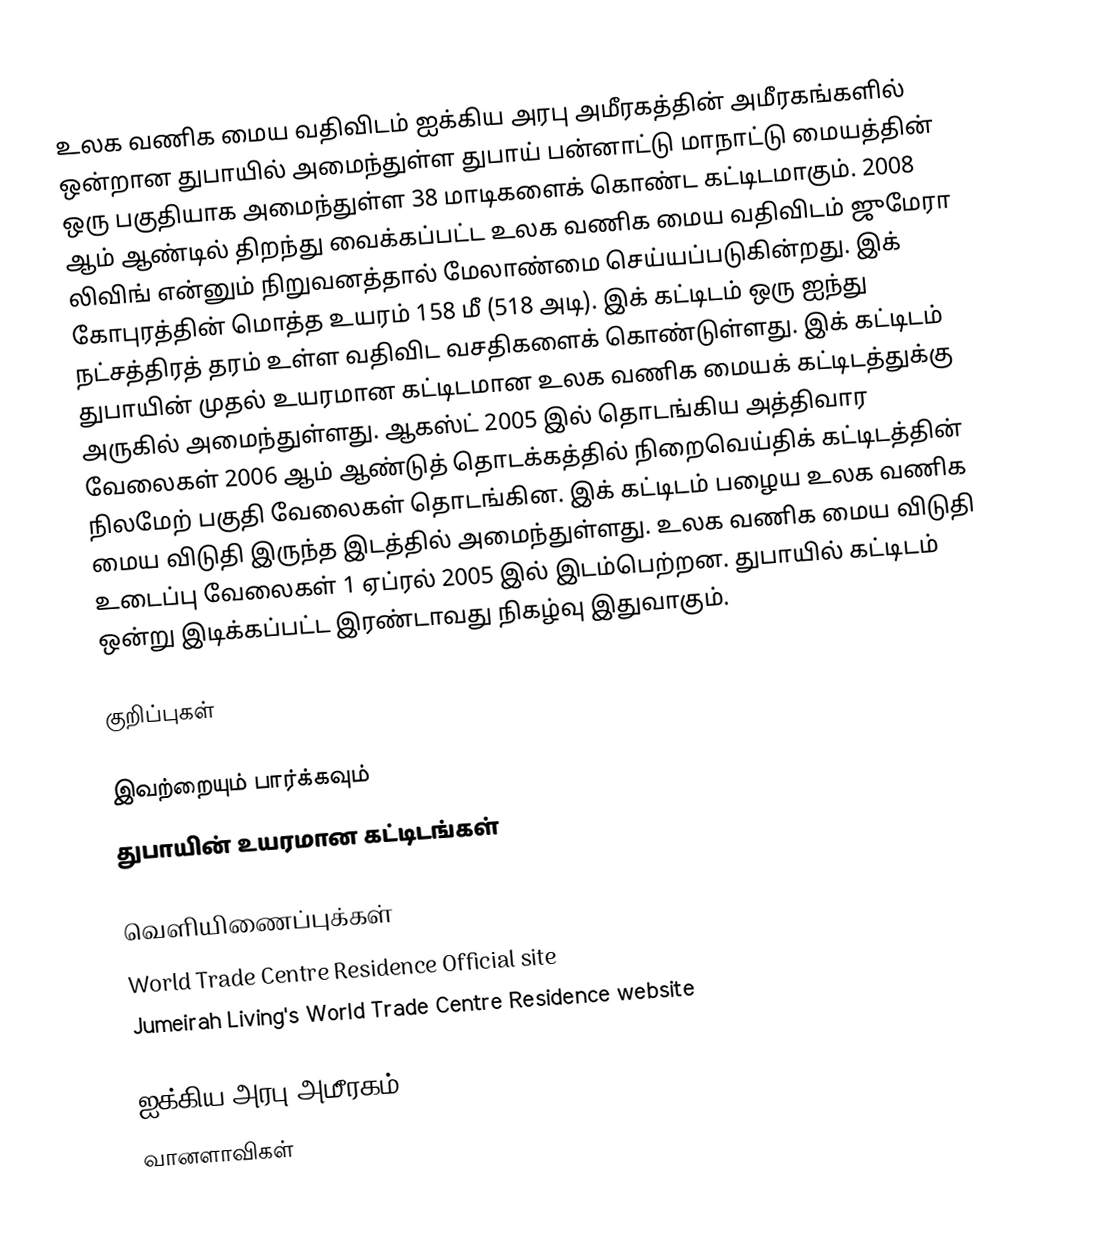
உலக வணிக மைய வதிவிடம் ஐக்கிய அரபு அமீரகத்தின் அமீரகங்களில் ஒன்றான துபாயில் அமைந்துள்ள துபாய் பன்னாட்டு மாநாட்டு மையத்தின் ஒரு பகுதியாக அமைந்துள்ள 38 மாடிகளைக் கொண்ட கட்டிடமாகும். 2008 ஆம் ஆண்டில் திறந்து வைக்கப்பட்ட உலக வணிக மைய வதிவிடம் ஜுமேரா லிவிங் என்னும் நிறுவனத்தால் மேலாண்மை செய்யப்படுகின்றது. இக் கோபுரத்தின் மொத்த உயரம் 158 மீ (518 அடி). இக் கட்டிடம் ஒரு ஐந்து நட்சத்திரத் தரம் உள்ள வதிவிட வசதிகளைக் கொண்டுள்ளது. இக் கட்டிடம் துபாயின் முதல் உயரமான கட்டிடமான உலக வணிக மையக் கட்டிடத்துக்கு அருகில் அமைந்துள்ளது. ஆகஸ்ட் 2005 இல் தொடங்கிய அத்திவார வேலைகள் 2006 ஆம் ஆண்டுத் தொடக்கத்தில் நிறைவெய்திக் கட்டிடத்தின் நிலமேற் பகுதி வேலைகள் தொடங்கின.  இக் கட்டிடம் பழைய உலக வணிக மைய விடுதி இருந்த இடத்தில் அமைந்துள்ளது.  உலக வணிக மைய விடுதி உடைப்பு வேலைகள் 1 ஏப்ரல் 2005 இல் இடம்பெற்றன. துபாயில் கட்டிடம் ஒன்று இடிக்கப்பட்ட இரண்டாவது நிகழ்வு இதுவாகும்.

குறிப்புகள்

இவற்றையும் பார்க்கவும்
 துபாயின் உயரமான கட்டிடங்கள்

வெளியிணைப்புக்கள்
World Trade Centre Residence  Official site
Jumeirah Living's World Trade Centre Residence website

ஐக்கிய அரபு அமீரகம்
வானளாவிகள்